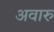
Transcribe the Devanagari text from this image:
अवारु